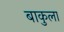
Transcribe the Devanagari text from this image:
बाकुला